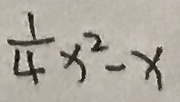
\frac { 1 } { 4 } x ^ { 2 } - x